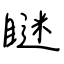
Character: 瞇